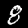
Digit: 8